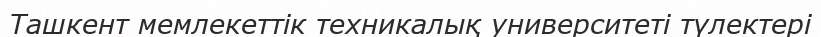
Ташкент мемлекеттік техникалық университеті түлектері